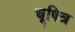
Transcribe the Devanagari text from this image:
चूषित्र